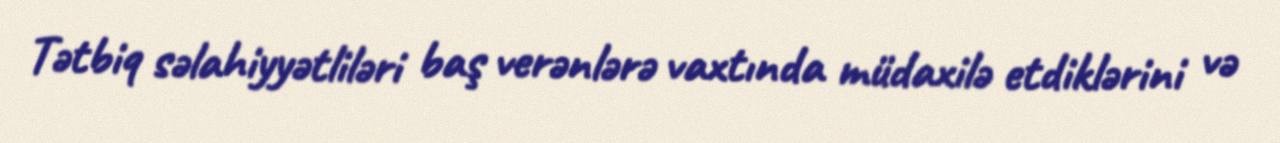
Tətbiq səlahiyyətliləri baş verənlərə vaxtında müdaxilə etdiklərini və